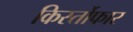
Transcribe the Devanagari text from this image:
किर्स्तोफार